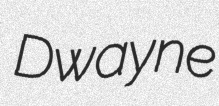
Dwayne